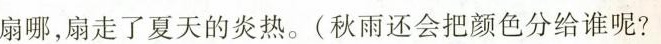
扇哪，扇走了夏天的炎热。(秋雨还会把颜色分给谁呢?